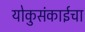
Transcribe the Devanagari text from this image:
योकुसंकाईचा